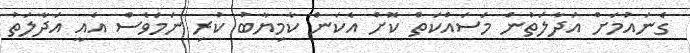
ގެނައުމަށް އަދާލަތުން މަސައްކަތް ކޮށް އެކަން ކާމިޔާބު ކުރި ނަމަވެސް އެއީ އަދާލަތު